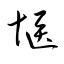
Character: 愜